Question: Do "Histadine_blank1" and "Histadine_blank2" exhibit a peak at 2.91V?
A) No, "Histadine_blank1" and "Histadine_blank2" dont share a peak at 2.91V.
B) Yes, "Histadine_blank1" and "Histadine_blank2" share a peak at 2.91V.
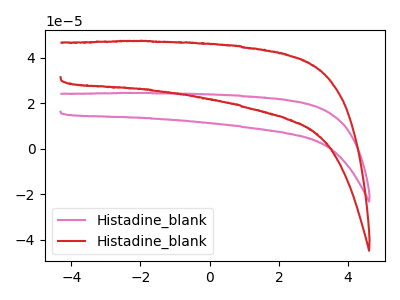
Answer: <think>The pink curve "Histadine_blank1" has no peaks. The red curve "Histadine_blank2" has no peaks.</think>
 <answer>A) No, "Histadine_blank1" and "Histadine_blank2" dont share a peak at 2.91V.</answer>
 <eval>A</eval>